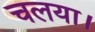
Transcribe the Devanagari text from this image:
चलया।